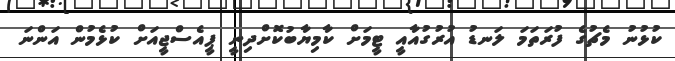
ކުޅުނު މެޗުގެ ފުރަތަމަ ލަނޑު އުރުގުއާއީ ޓީމަށް ކާމިޔާބުކޮށްދިނީ ޕީއެސްޖީއަށް ކުޅެމުން އަންނަ